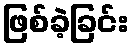
ဖြစ်ခဲ့ခြင်း